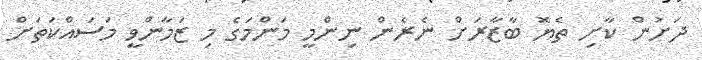
ދަށުން ކާށި ތެޔޮ ބާޒާރަށް ނެރެން ނިންމީ މަންމަގެ މި ޒަމާންވީ މަސައްކަތަށް